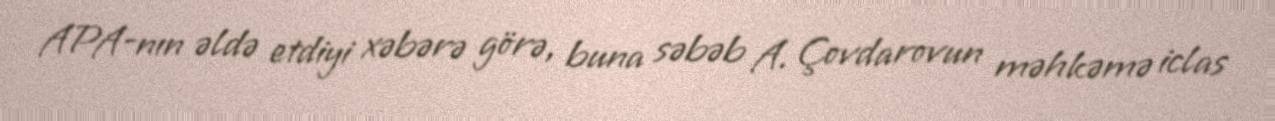
APA-nın əldə etdiyi xəbərə görə, buna səbəb A. Çovdarovun məhkəmə iclas